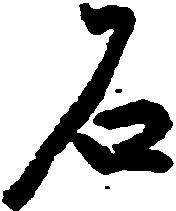
石